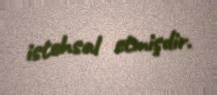
istehsal etmişdir.